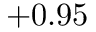
+ 0 . 9 5